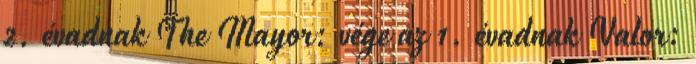
2. évadnak The Mayor: vége az 1. évadnak Valor: